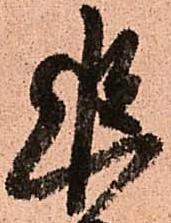
追